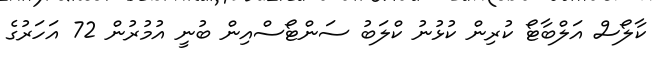
ކާލޯސް އަލްބާޓޯ ކުރިން ކުޅުނު ކްލަބު ސަންޓޯސްއިން ބުނީ އުމުރުން 72 އަހަރުގެ